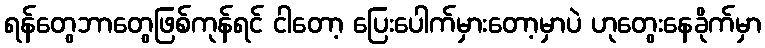
ရန်တွေဘာတွေဖြစ်ကုန်ရင် ငါတော့ ပြေးပေါက်မှားတော့မှာပဲ ဟုတွေးနေခိုက်မှာ